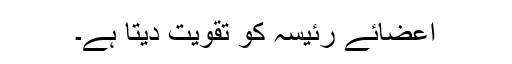
اعضائے رئیسہ کو تقویت دیتا ہے۔